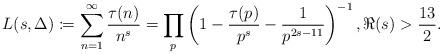
LaTeX: \begin{align*}L(s, \Delta) \coloneqq \sum_{n = 1}^{\infty} \frac{\tau(n)}{n^{s}} = \prod_{p} \left(1-\frac{\tau(p)}{p^{s}}-\frac{1}{p^{2s-11}} \right)^{-1}, \Re(s) > \frac{13}{2}.\end{align*}